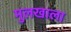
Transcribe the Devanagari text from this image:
मुलखाला